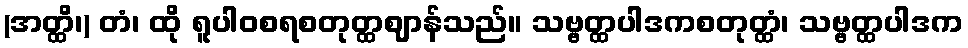
(အတ္ထိ၊) တံ၊ ထို ရူပါဝစရစတုတ္ထဈာန်သည်။ သဗ္ဗတ္ထပါဒကစတုတ္ထံ၊ သဗ္ဗတ္ထပါဒက